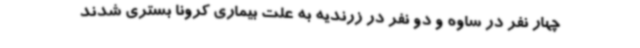
چهار نفر در ساوه و دو نفر در زرندیه به علت بیماری کرونا بستری شدند